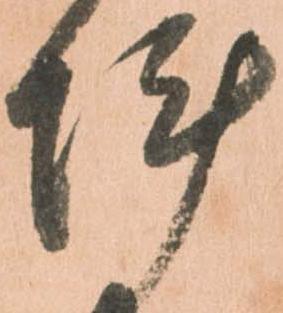
陣